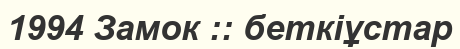
1994 Замок :: беткіұстар